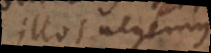
illos negemus